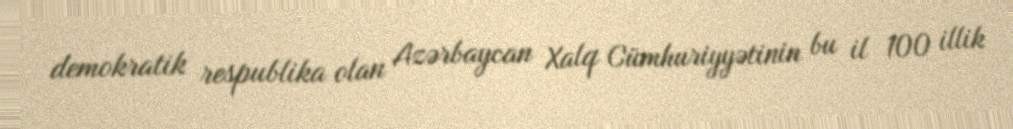
demokratik respublika olan Azərbaycan Xalq Cümhuriyyətinin bu il 100 illik